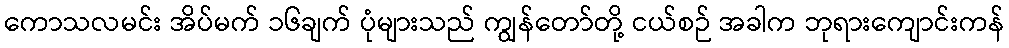
ကောသလမင်း အိပ်မက် ၁၆ချက် ပုံများသည် ကျွန်တော်တို့ ငယ်စဉ် အခါက ဘုရားကျောင်းကန်